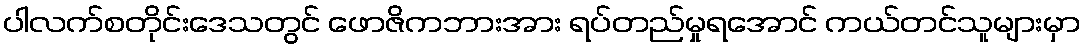
ပါလက်စတိုင်းဒေသတွင် ဖောဇိကဘားအား ရပ်တည်မှုရအောင် ကယ်တင်သူများမှာ